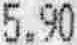
5.90